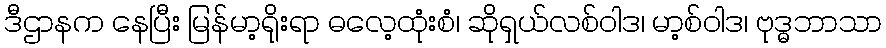
ဒီဌာနက နေပြီး မြန်မာ့ရိုးရာ ဓလေ့ထုံးစံ၊ ဆိုရှယ်လစ်ဝါဒ၊ မာ့စ်ဝါဒ၊ ဗုဒ္ဓဘာသာ